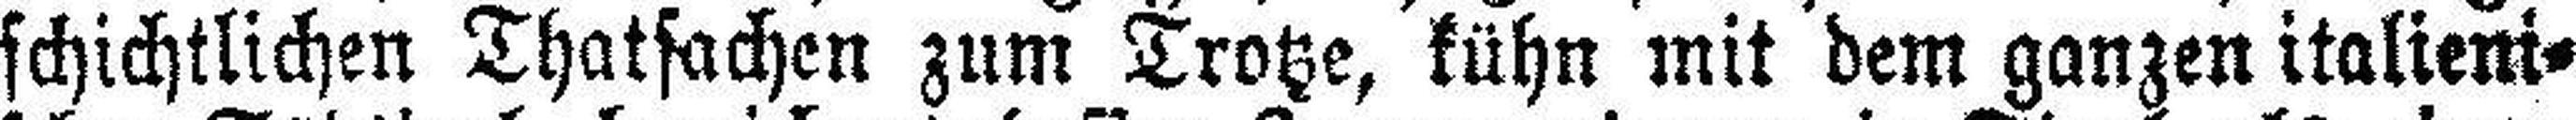
schichtlichen Thatsachen zum Trotze, kühn mit dem ganzen italieni¬